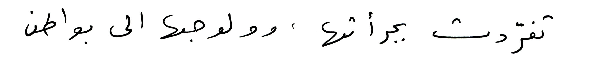
تفرّدت بجرأتها، وولوجها إلى بواطن